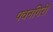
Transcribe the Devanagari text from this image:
पवनगिरी